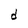
Character: d